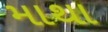
માથા